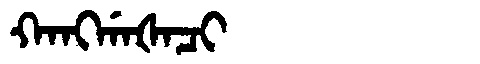
Manchu: ᡴᠠᠩᡤᠠᡧᠠᠴᡳ
Romanization: KANGGAŠACI